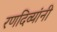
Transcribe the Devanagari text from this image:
रणदिव्यांनी